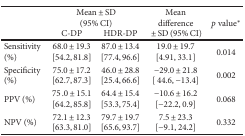
<table><thead><tr><td rowspan="2"></td><td colspan="2"><b>Mean ± SD (95% CI)</b></td><td rowspan="2"><b>Mean difference± SD (95% CI)</b></td><td rowspan="2"><b><i>p</i> value<sup>∗</sup></b></td></tr><tr><td><b>C-DP</b></td><td><b>HDR-DP</b></td></tr></thead><tbody><tr><td>Sensitivity (%)</td><td>68.0 ± 19.3 [54.2, 81.8]</td><td>87.0 ± 13.4 [77.4, 96.6]</td><td>19.0 ± 19.7 [4.91, 33.1]</td><td>0.014</td></tr><tr><td>Specificity (%)</td><td>75.0 ± 17.2 [62.7, 87.3]</td><td>46.0 ± 28.8 [25.4, 66.6]</td><td>−29.0 ± 21.8 [ 44.6, −13.4]</td><td>0.002</td></tr><tr><td>PPV (%)</td><td>75 .0 ± 15.1 [64.2, 85.8]</td><td>64.4 ± 15.4 [53.3, 75.4]</td><td>−10.6 ± 16.2 [−22.2, 0.9]</td><td>0.068</td></tr><tr><td>NPV (%)</td><td>72.1 ± 12.3 [63.3, 81.0]</td><td>79.7 ± 19.7 [65.6, 93.7]</td><td>7.5 ± 23.3 [−9.1, 24.2]</td><td>0.332</td></tr></tbody></table>